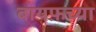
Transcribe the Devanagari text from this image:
बायफ़च्या